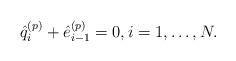
LaTeX: \begin{align*} \hat{q}_{i}^{( p )} + \hat{e}_{i - 1}^{( p )} = 0, i = 1, \dots , N. \end{align*}